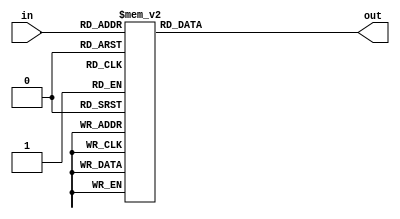
//------------------------------
// Module name: hex_to_7seg
// Function: convert 4-bit hex value to drive 7 segment display
//           output is low active - using case statement
// Creator:  Peter Cheung
// Version:  1.1
//------------------------------

module hex_to_7seg	(out,in);

	output	[6:0]	out;    // low-active output to drive 7 segment display
	input	[3:0]	in;		// 4-bit binary input of a hexademical number
	
	reg		[6:0]	out;	// make out a variable for use in procedural assignment
	
	always @ (in)
	  case (in)
		4'h0: out = 7'b1000000;
		4'h1: out = 7'b1111001;		// -- 0 ---
		4'h2: out = 7'b0100100; 	// |	  |
		4'h3: out = 7'b0110000; 	// 5      1
		4'h4: out = 7'b0011001; 	// |	  |
		4'h5: out = 7'b0010010; 	// -- 6 ---
		4'h6: out = 7'b0000010; 	// |	  |
		4'h7: out = 7'b1111000; 	// 4      2
		4'h8: out = 7'b0000000; 	// |	  |
		4'h9: out = 7'b0011000; 	// -- 3 ---
		4'ha: out = 7'b0001000;
		4'hb: out = 7'b0000011;
		4'hc: out = 7'b1000110;
		4'hd: out = 7'b0100001;
		4'he: out = 7'b0000110;
		4'hf: out = 7'b0001110;
	  endcase
endmodule